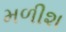
મળીશ